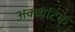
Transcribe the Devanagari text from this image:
अक्व्येटिक